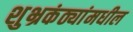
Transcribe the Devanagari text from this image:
शुभ्रकंठ्यांमधील